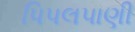
પિપલપાણી